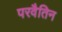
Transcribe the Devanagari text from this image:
परवैतिन